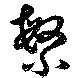
繁